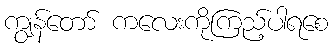
ကျွန်တော် ကလေးကိုကြည့်ပါရစေ